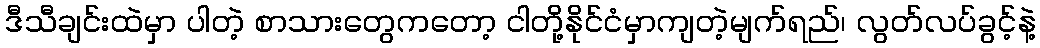
ဒီသီချင်းထဲမှာ ပါတဲ့ စာသားတွေကတော့ ငါတို့နိုင်ငံမှာကျတဲ့မျက်ရည်၊ လွတ်လပ်ခွင့်နဲ့